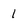
Character: 1